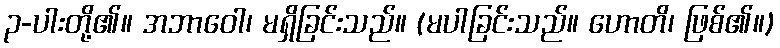
၃-ပါးတို့၏။ အဘာဝေါ၊ မရှိခြင်းသည်။ (မပါခြင်းသည်။ ဟောတိ၊ ဖြစ်၏။)